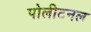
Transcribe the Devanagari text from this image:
पोलीटनल